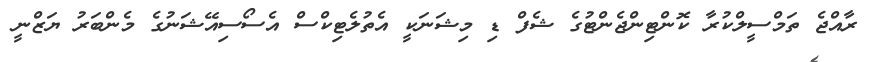
ރާއްޖެ ތަމްސީލްކުރާ ކޮންޓިންޖެންޓުގެ ޝެފް ޑި މިޝަނަކީ އެތުލެޓިކްސް އެސޯސިއޭޝަނުގެ މެންބަރު ޔަޒްނީ